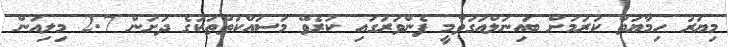
މިޔަރު ހިމާޔަތް ކުރުމަށް ބައިނަލްއަގުވާމީ ފެންވަރުގައި ކުރެވޭ މަސައްކަތްތަކުގެ ދަށުން 2.7 މިލިއަން